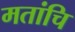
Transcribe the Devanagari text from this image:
मतांचि